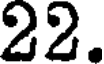
22.